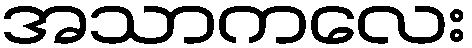
အသာကလေး